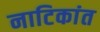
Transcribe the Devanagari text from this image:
नाटिकांत